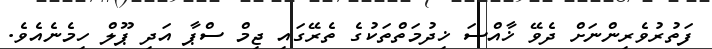
ފަތުރުވެރިންނަށް ދެވޭ ޚާއްސަ ޚިދުމަތްތަކުގެ ތެރޭގައި ޖިމް ސްޕާ އަދި ޕޫލް ހިމެނެއެވެ.